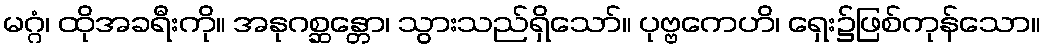
မဂ္ဂံ၊ ထိုအခရီးကို။ အနုဂစ္ဆန္တော၊ သွားသည်ရှိသော်။ ပုဗ္ဗကေဟိ၊ ရှေး၌ဖြစ်ကုန်သော။